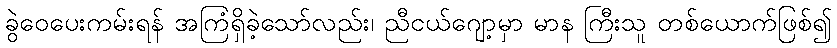
ခွဲဝေပေးကမ်းရန် အကြံရှိခဲ့သော်လည်း၊ ညီငယ်ဂျော့မှာ မာန ကြီးသူ တစ်ယောက်ဖြစ်၍